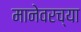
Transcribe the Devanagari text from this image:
मानेवरच्या